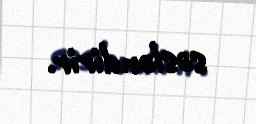
səsləndirir.